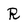
Character: R